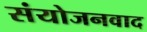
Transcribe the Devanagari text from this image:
संयोजनवाद